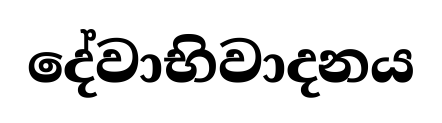
දේවාභිවාදනය